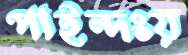
পাইন্দংয়